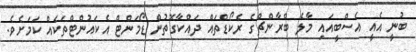
ބުނީ އެއީ އެސްބީއައި މާލެ ބްރާންޗްގެ ރެކޯޑްތައް ދައްކާގޮތުން ޑޯމަންޓް އެކައުންޓްތަކެއް ކަމަށެވެ.